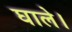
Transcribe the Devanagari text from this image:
घाले।